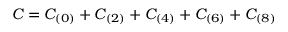
C = C _ { ( 0 ) } + C _ { ( 2 ) } + C _ { ( 4 ) } + C _ { ( 6 ) } + C _ { ( 8 ) }